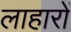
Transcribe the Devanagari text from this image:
लाहारों